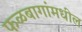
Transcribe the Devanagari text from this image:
फळबागांमधील